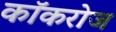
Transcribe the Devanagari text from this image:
कॉकरोज